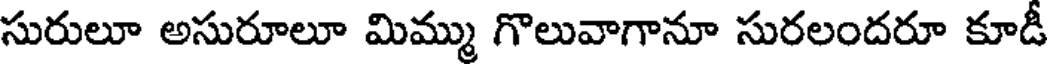
సురులూ అసురూలూ మిమ్ము గొలువాగానూ సురలందరూ కూడీ